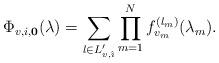
LaTeX: \begin{align*}\Phi_{v,i,{\bf 0}}(\lambda) = \sum_{l\in L'_{v,\hat{\imath}}}\prod_{m=1}^N f_{v_m}^{(l_m)}(\lambda_m).\end{align*}